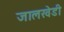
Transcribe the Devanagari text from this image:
जालखेडी